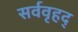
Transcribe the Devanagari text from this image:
सर्ववृहद्